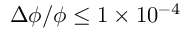
\Delta \phi / \phi \le 1 \times 1 0 ^ { - 4 }